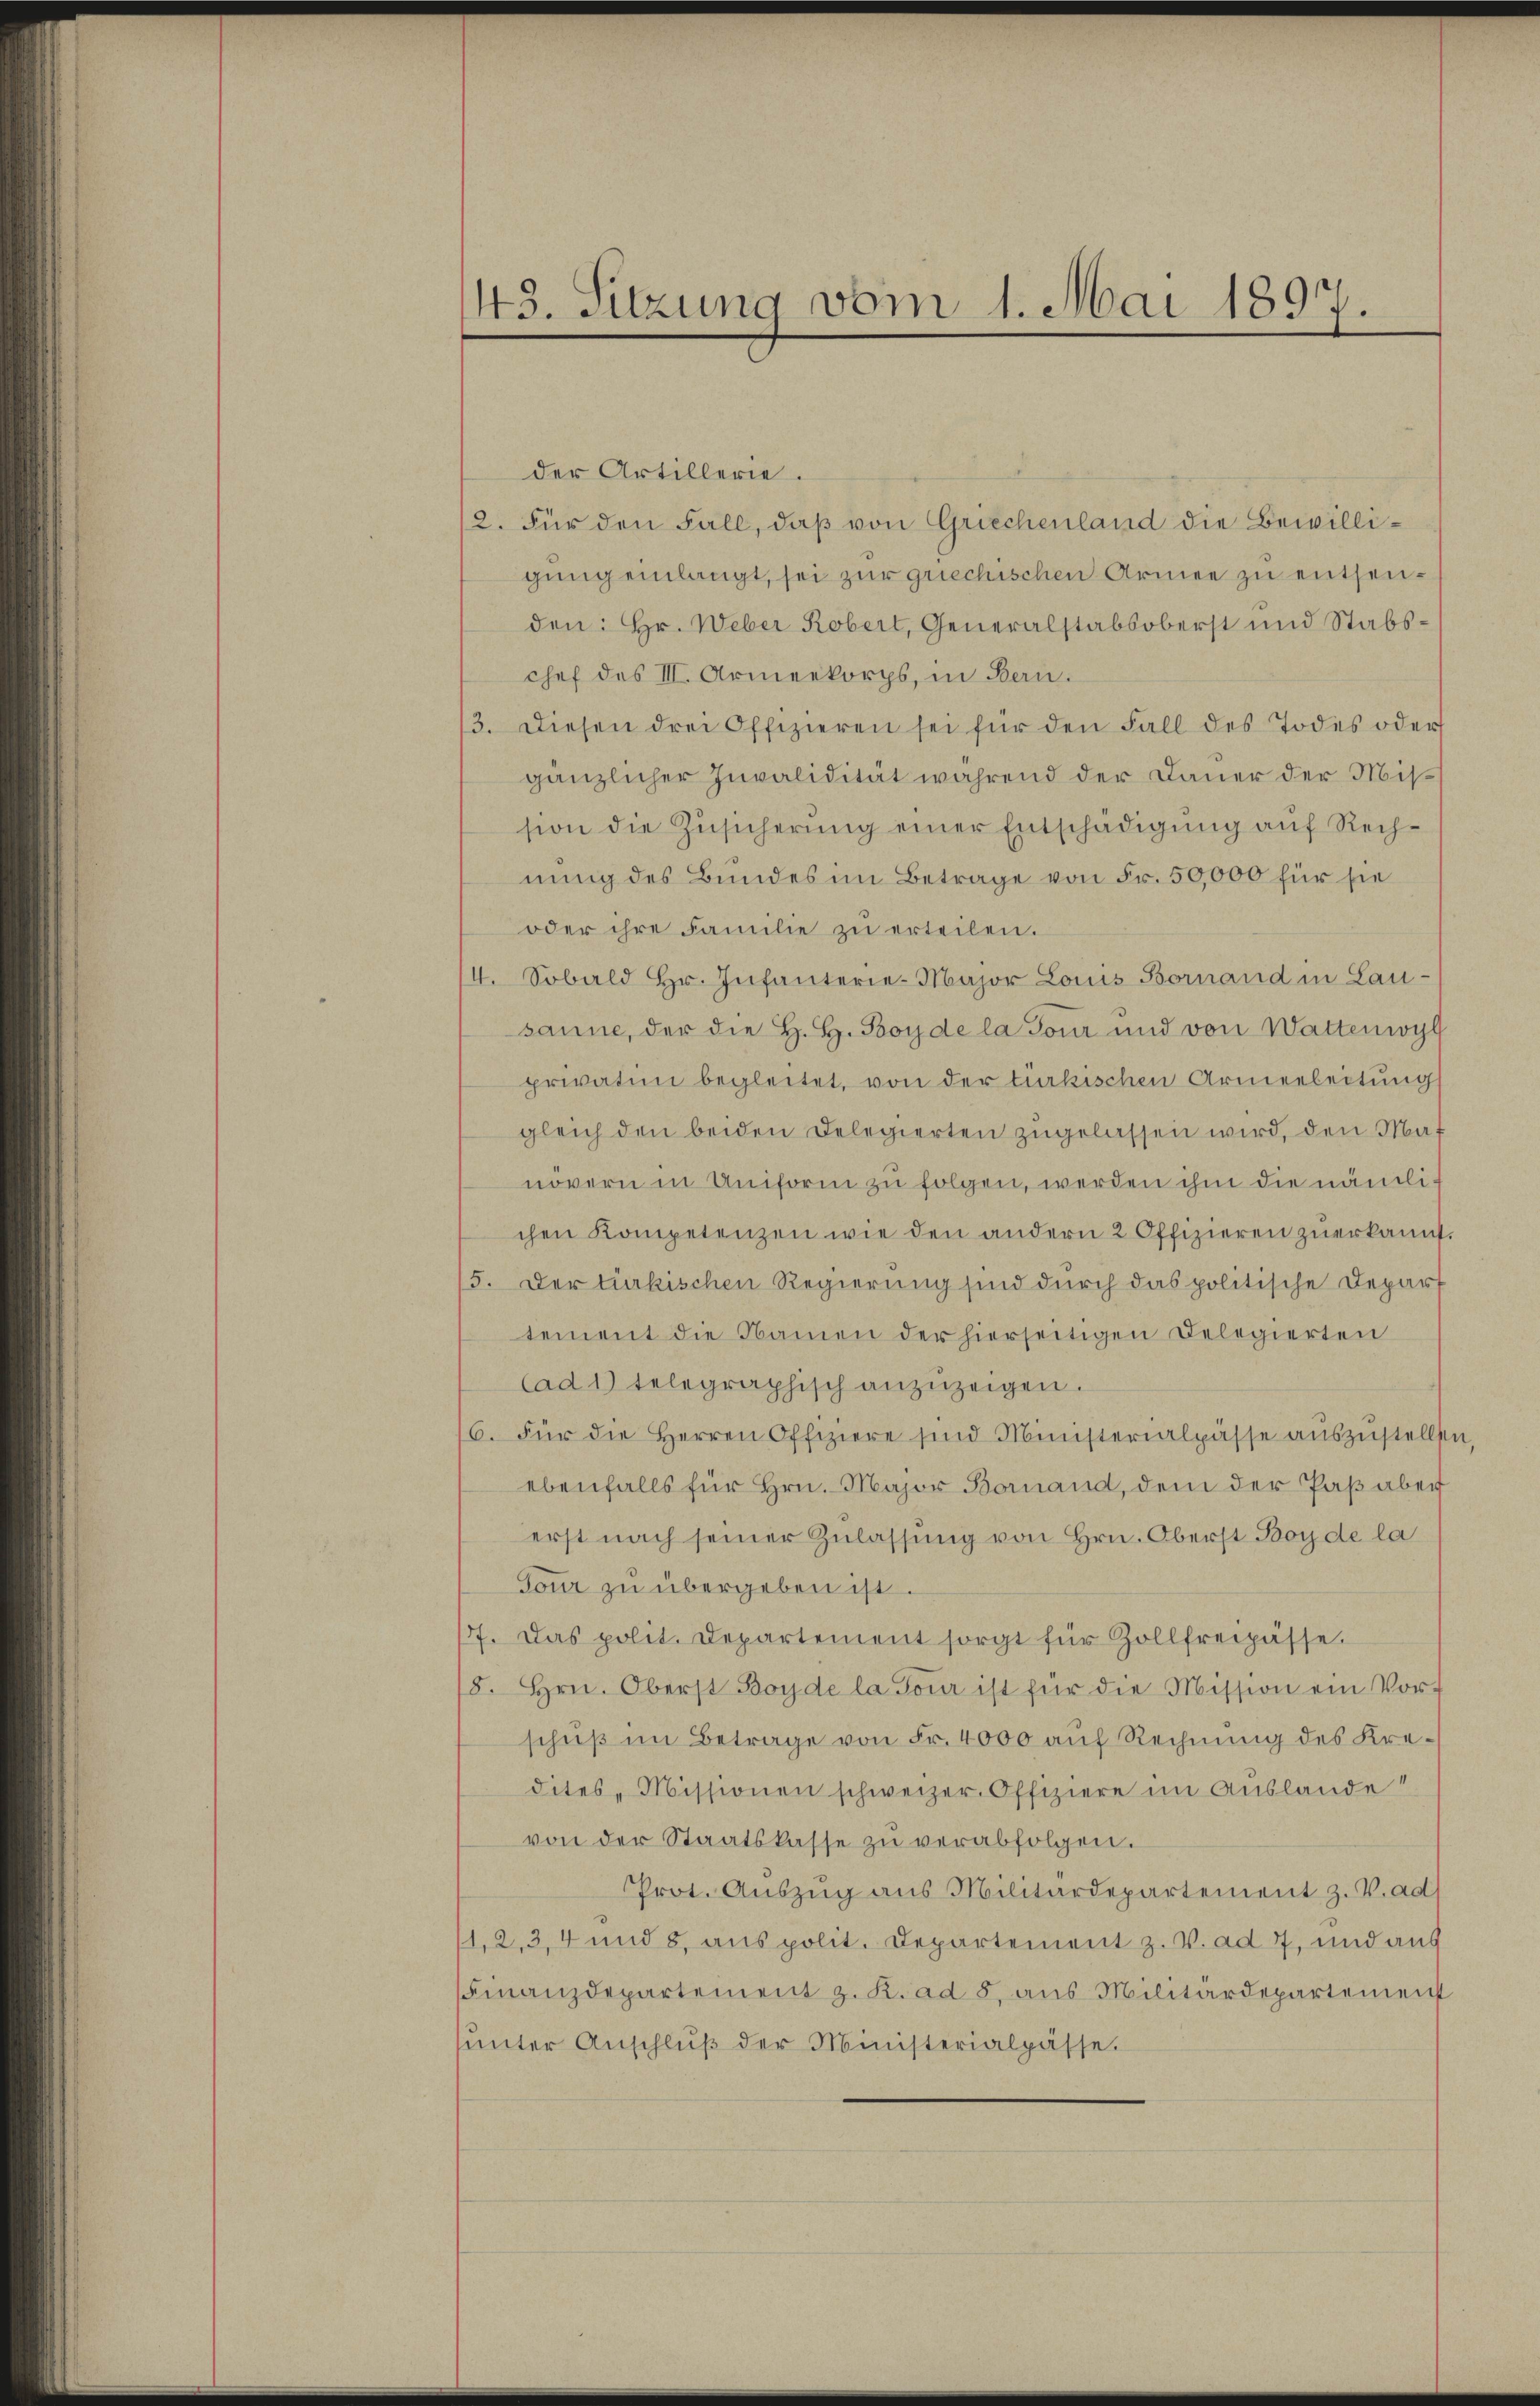
43. Sitzung vom 1. Mai 1897.

der Artillerie.
2. Für den Fall, daß von Griechenland die Bewilligung einlangt, sei zur griechischen Armee zu entsenden: Hr. Weber Robert, Generalstabsoberst und Stabschef des III. Armeekorps, in Bern.
13. Diesen drei Offizieren sei für den Fall des Todes oder
gänzlicher Invalidität während der Dauer der Mission die Zŭsicherŭng einer Entschädigŭng auf Rechnung des Bundes im Betrage von Fr. 50,000 für sie
oder ihre Familie zŭ erteilen.
4. Sobald hr. Infanterie-Major Louis Bornand in Lau-
sanne, der die H. H. Boy de la Tour und von Wattenwyl
privation begleitet, von der türkischen Armenleitung
gleich den beiden Delegierten zugelassen wird, den Maf
növern in Uniform zu folgen, werden ihm die nämlichen Kompetenzen wie den andern 2 Offizieren zuerkannt.
15. Der türkischen Regierung sind durch das politische Depart
tement die Namen der hierseitigen Delegierten
Cad 1) telegraphisch anzuzeigen.
6. Für die Herren Offiziere sind Ministerialpässe aŭszŭstellten,
ebenfalls für Hrn. Major Bornand, dem der Paß aber
erst nach seiner Zulassung von Hrn. Oberst Boy de la
Tour zu übergeben ist.
17. Das polit. Departement sorgt für Zollfreipässe.
18. Hrn. Oberst Boyde la Tour ist für die Mission ein Vorschuß im Betrage von Fr. 4000 auf Rechnung des Kredites, Missionen schweizer. Offiziere im Auslande
von der Staatskasse zŭ verabfolgen.
Prot. Auszug aus Militärdepartement z. V. ad
1,2,3,4 und 8. aus polit. Departement z. V. ad 7, und aus
Finanzdepartement z. K. ad 8. aus Militärdepartement
ŭnter Anschlŭβ der Ministerialpässe.